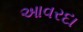
આવરદા